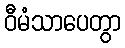
ဝီမံသာပေတွာ